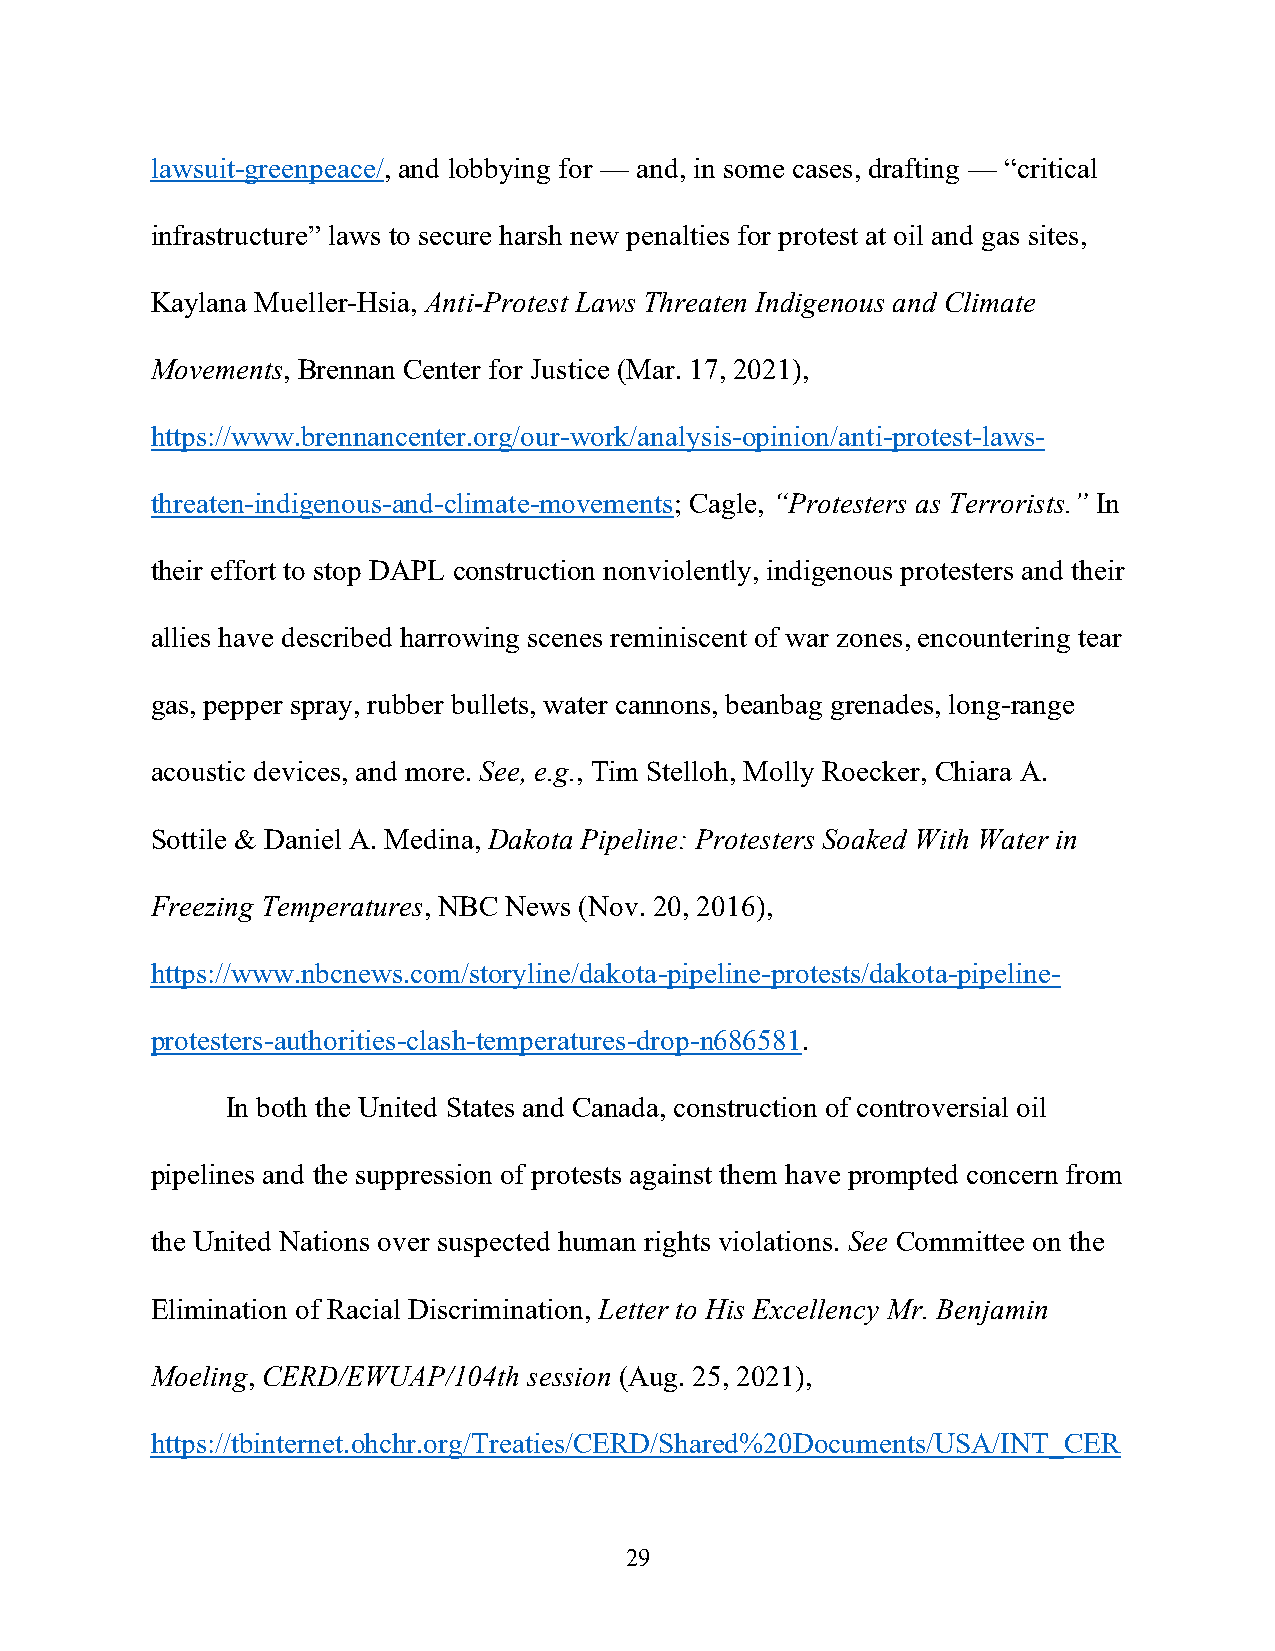
lawsuit-greenpeace/, and lobbying for — and, in some cases, drafting — “critical
 infrastructure” laws to secure harsh new penalties for protest at oil and gas sites,
 Kaylana Mueller-Hsia, Anti-Protest Laws Threaten Indigenous and Climate
 Movements, Brennan Center for Justice (Mar. 17, 2021),
 https://www.brennancenter.org/our-work/analysis-opinion/anti-protest-laws-
 threaten-indigenous-and-climate-movements; Cagle, “Protesters as Terrorists.” In
 their effort to stop DAPL construction nonviolently, indigenous protesters and their
 allies have described harrowing scenes reminiscent of war zones, encountering tear
 gas, pepper spray, rubber bullets, water cannons, beanbag grenades, long-range
 acoustic devices, and more. See, e.g., Tim Stelloh, Molly Roecker, Chiara A.
 Sottile & Daniel A. Medina, Dakota Pipeline: Protesters Soaked With Water in
 Freezing Temperatures, NBC News (Nov. 20, 2016),
 https://www.nbcnews.com/storyline/dakota-pipeline-protests/dakota-pipeline-
 protesters-authorities-clash-temperatures-drop-n686581.
 In both the United States and Canada, construction of controversial oil
 pipelines and the suppression of protests against them have prompted concern from
 the United Nations over suspected human rights violations. See Committee on the
 Elimination of Racial Discrimination, Letter to His Excellency Mr. Benjamin
 Moeling, CERD/EWUAP/104th session (Aug. 25, 2021),
 https://tbinternet.ohchr.org/Treaties/CERD/Shared%20Documents/USA/INT_CER
 29